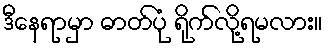
ဒီနေရာမှာ ဓာတ်ပုံ ရိုက်လို့ရမလား။